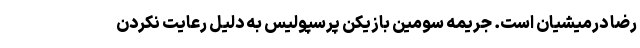
رضا درمیشیان است. جریمه سومین بازیکن پرسپولیس به دلیل رعایت نکردن